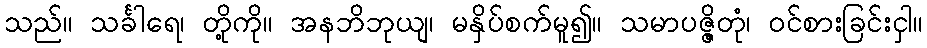
သည်။ သင်္ခါရေ၊ တို့ကို။ အနဘိဘုယျ၊ မနှိပ်စက်မူ၍။ သမာပဇ္ဇိတုံ၊ ဝင်စားခြင်းငှါ။